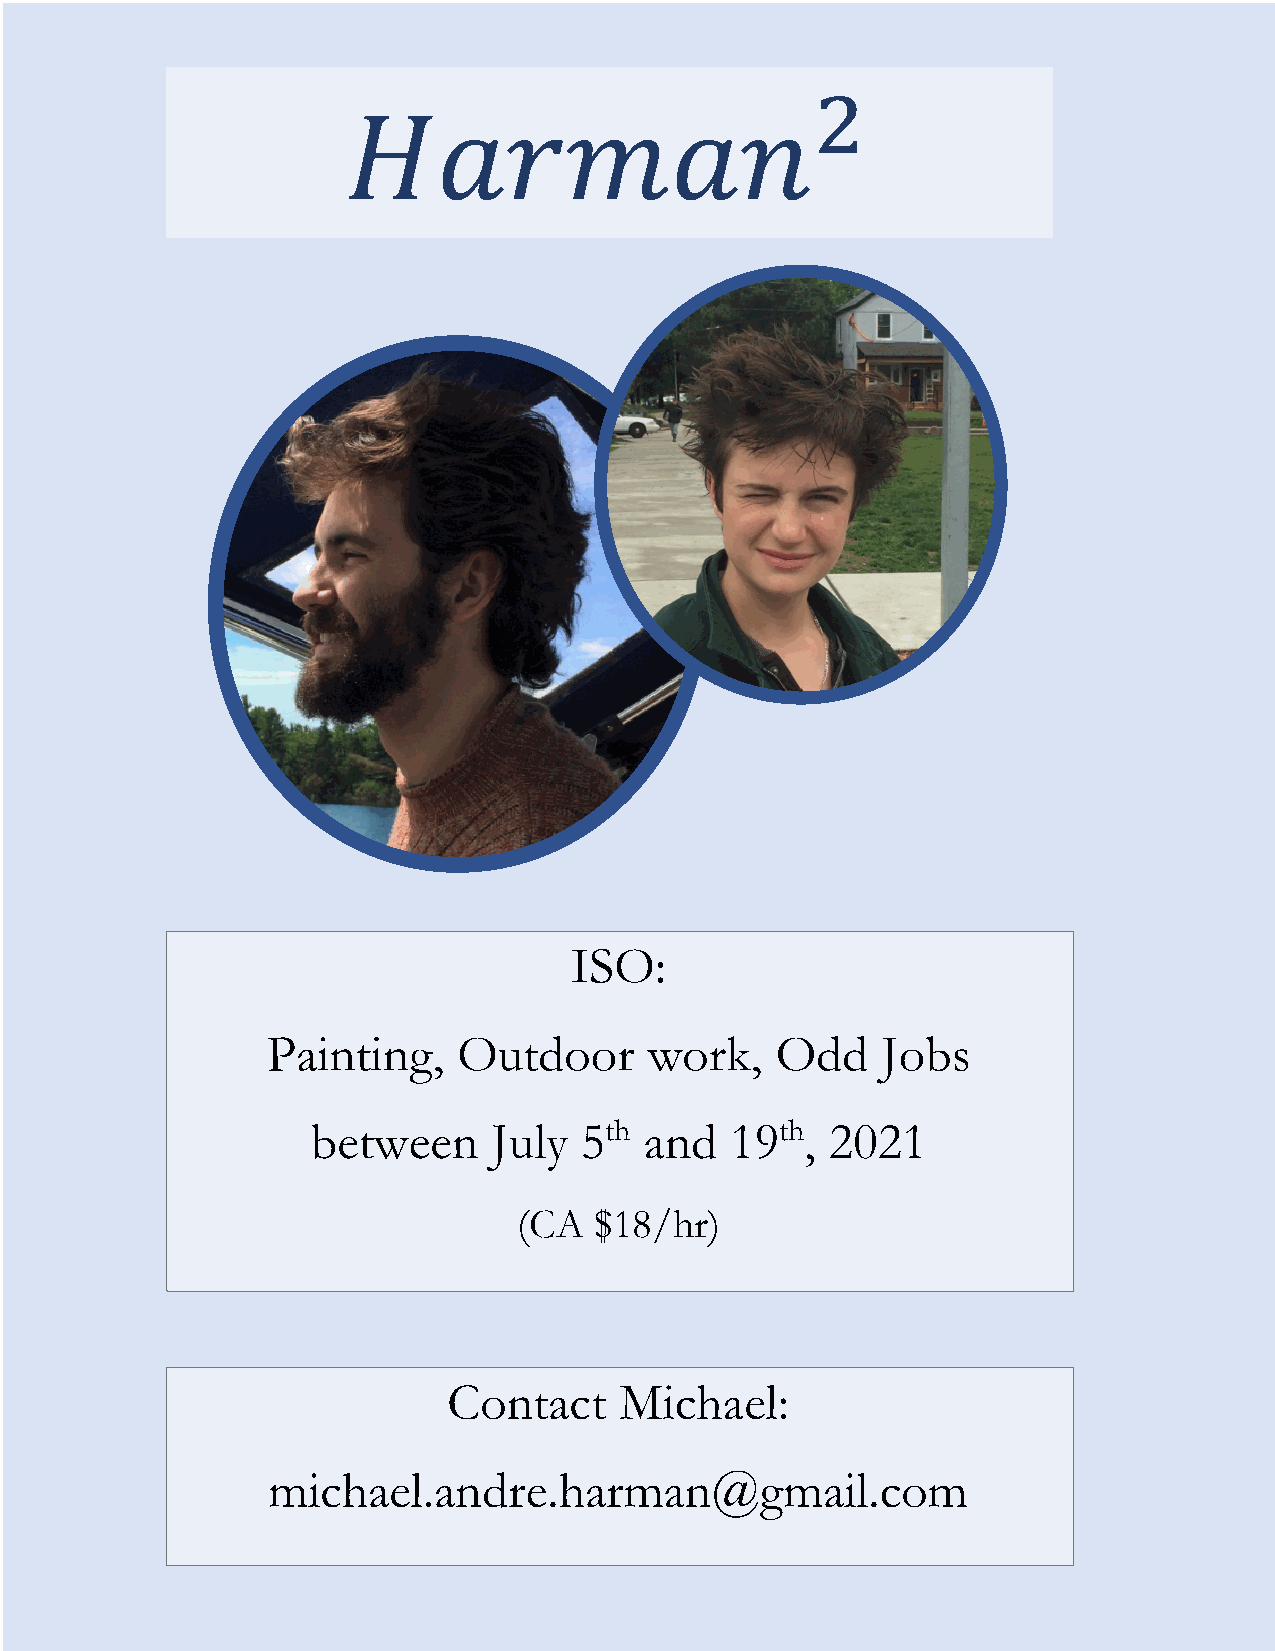
&
 𝐻𝑎𝑟𝑚𝑎𝑛
 ISO:
 Painting,   Outdoor      work,   Odd    Jobs
 between     July 5th  and  19th,  2021
 (CA  $18/hr)
 Contact    Michael:
 michael.andre.harman@gmail.com